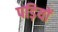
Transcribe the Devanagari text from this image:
पड़ियों